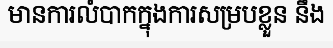
មានការលំបាកក្នុងការសម្របខ្លួន នឹង